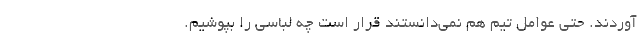
آوردند. حتی عوامل تیم هم نمی‌دانستند قرار است چه لباسی را بپوشیم.